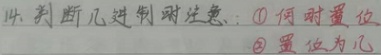
14. 判断几进制时注意：\textcircled{1} 何时置位 \textcircled{2} 置位为几